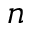
n